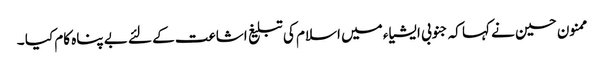
ممنون حسین نے کہا کہ جنوبی ایشیاء میں اسلام کی تبلیغ اشاعت کے لئے بے پناہ کام کیا ۔